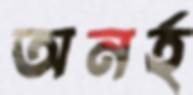
অনর্হ